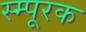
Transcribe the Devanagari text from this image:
स्म्पूरक